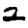
Digit: 2